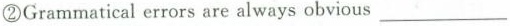
②Grammaticalerrors are always obvious___